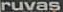
ruvas